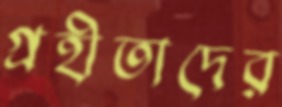
গ্রহীতাদের